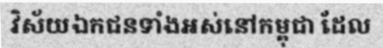
វិស័យឯកជនទាំងអស់នៅកម្ពុជា ដែល